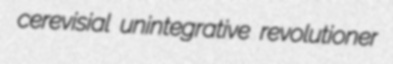
cerevisial unintegrative revolutioner